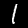
Label: 1